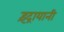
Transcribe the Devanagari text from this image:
इंद्रायानी